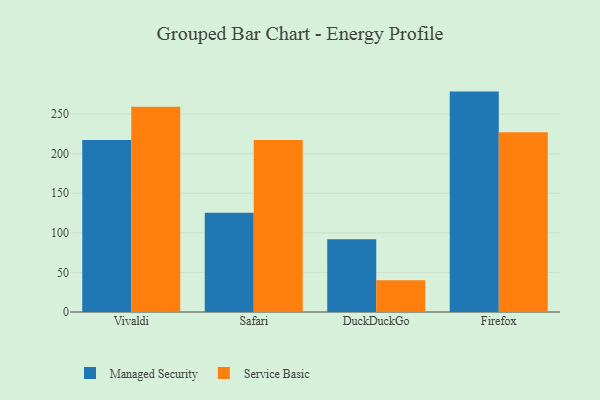
{"axis": {"x": "Browser", "y": "Tickets Resolved"}, "legend": ["Managed Security", "Service Basic"], "data": [{"x": "Vivaldi", "y": 217.3, "type": "Managed Security"}, {"x": "Vivaldi", "y": 259.2, "type": "Service Basic"}, {"x": "Safari", "y": 125.5, "type": "Managed Security"}, {"x": "Safari", "y": 217.3, "type": "Service Basic"}, {"x": "DuckDuckGo", "y": 92.0, "type": "Managed Security"}, {"x": "DuckDuckGo", "y": 40.1, "type": "Service Basic"}, {"x": "Firefox", "y": 278.5, "type": "Managed Security"}, {"x": "Firefox", "y": 227.2, "type": "Service Basic"}]}